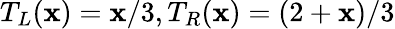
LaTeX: T_{L}(\mathbf{x})=\mathbf{x}/3,T_{R}(\mathbf{x})=(2+\mathbf{x})/3